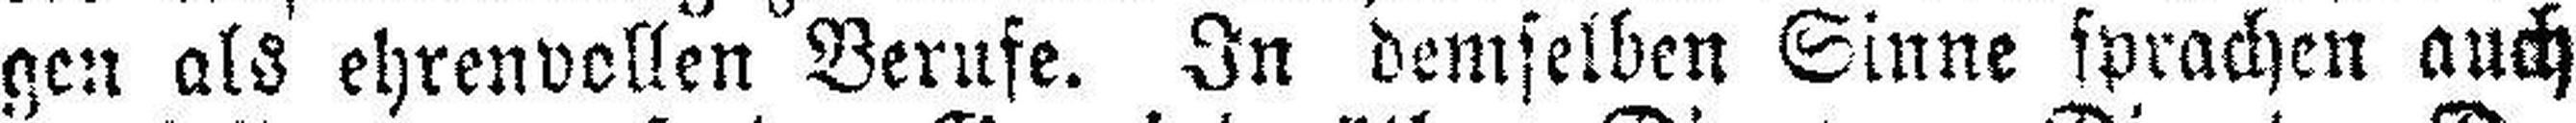
gen als ehrenvollen Berufe. In demselben Sinne sprachen auch